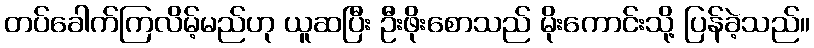
တပ်ခေါက်ကြလိမ့်မည်ဟု ယူဆပြီး ဦးဖိုးစောသည် မိုးကောင်းသို့ ပြန်ခဲ့သည်။